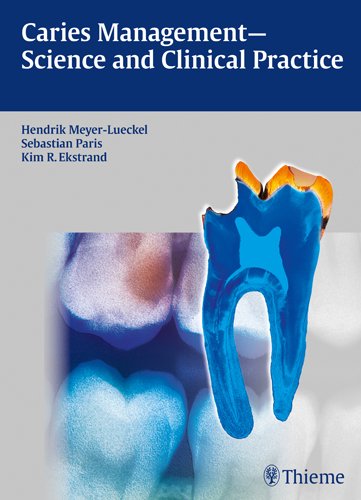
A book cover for Caries Management - Science and Clinical Practice; Medical Books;